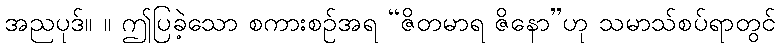
အညပုဒ်။ ။ ဤပြခဲ့သော စကားစဉ်အရ “ဇိတမာရ ဇိနော”ဟု သမာသ်စပ်ရာတွင်